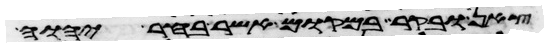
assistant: צאן ובקר במקום אשר בחר יהוה